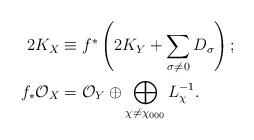
LaTeX: \begin{align*} 2K_X & \equiv f^*\left( 2K_Y + \sum\limits_{\sigma \ne 0} {D_{\sigma} } \right); \\ f_{*}\mathcal{O}_X &= \mathcal{O}_Y \oplus \bigoplus\limits_{\chi \ne \chi_{000} }L_{\chi}^{-1}. \end{align*}